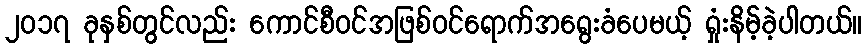
၂၀၁၇ ခုနှစ်တွင်လည်း ကောင်စီဝင်အဖြစ်ဝင်ရောက်အရွေးခံပေမယ့် ရှုံးနိမ့်ခဲ့ပါတယ်။